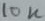
Text: 10K